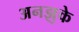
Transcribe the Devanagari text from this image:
अनझुके